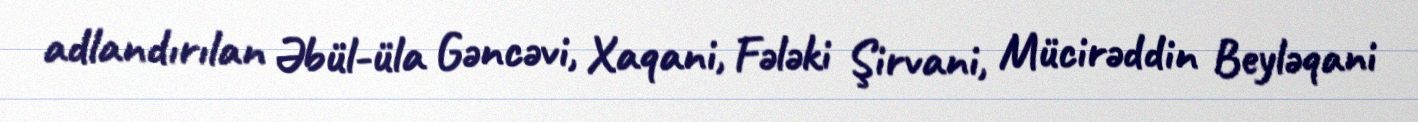
adlandırılan Əbül-üla Gəncəvi, Xaqani, Fələki Şirvani, Mücirəddin Beyləqani